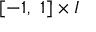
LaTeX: [ - 1 , \ 1 ] \times I